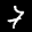
Label: 7